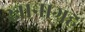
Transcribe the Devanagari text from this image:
स्नानाग्रह